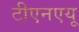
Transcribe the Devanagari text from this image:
टीएनएयू